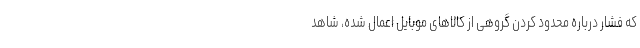
که فشار درباره محدود کردن گروهی از کالاهای موبایل اعمال شده، شاهد